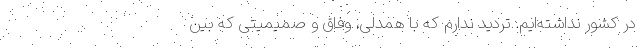
در کشور نداشته‌‌ایم. تردید ندارم که با همدلی، وفاق و صمیمیتی که بین